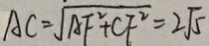
A C = \sqrt { A F ^ { 2 } + C F ^ { 2 } } = 2 \sqrt { 5 }